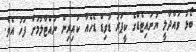
ބޯޅަ ވައްދާލީ ޔުނައިޓެޑްގެ ކީޕަރު ޑަވިޑް ޑެހެއާ ކައިރިން ނައްޓާލުމަށް ފަހު އެވެ.